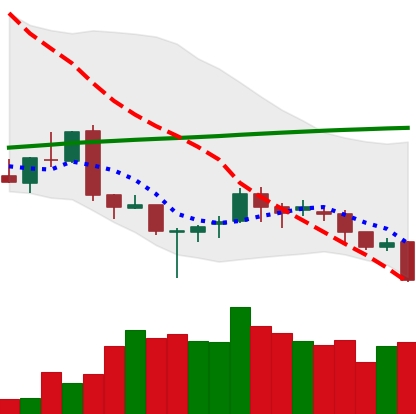
Ticker: LINK-USD
Chart end date: 2018-03-29
Forward return: 5.465%
Label: up_5_7